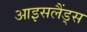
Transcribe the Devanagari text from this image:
आइसलैंड्स